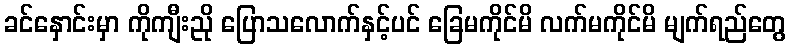
ခင်နှောင်းမှာ ကိုကျီးညို ပြောသလောက်နှင့်ပင် ခြေမကိုင်မိ လက်မကိုင်မိ မျက်ရည်တွေ